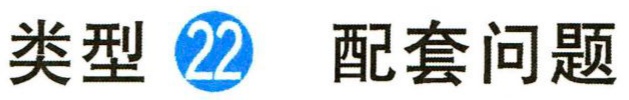
类型\fbox{22} 配套问题